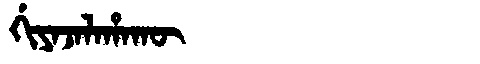
Manchu: ᡤᡳᠶᠠᠵᠠᠯᠠᡥᠠᡴᡡ
Romanization: GIYAJALAHAKŪ